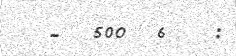
-  500  6   :